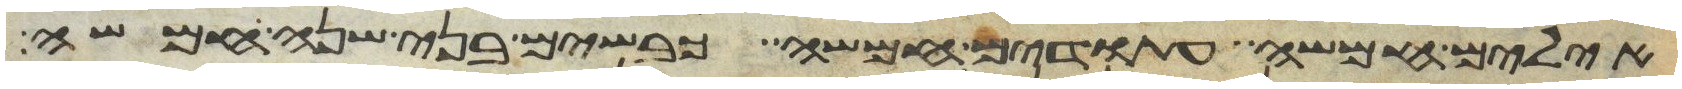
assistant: אילים חמשה עתודים חמשה כבשים בני שנה חמשה